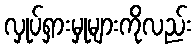
လှုပ်ရှားမှုများကိုလည်း